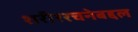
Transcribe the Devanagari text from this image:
शरीररचनेबद्दल